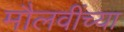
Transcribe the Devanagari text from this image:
मौलवींच्या